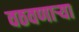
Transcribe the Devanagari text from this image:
वठवणार्‍या